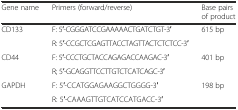
<table><thead><tr><td><b>Gene name</b></td><td><b>Primers (forward/reverse)</b></td><td><b>Base pairs of product</b></td></tr></thead><tbody><tr><td rowspan="2">CD133</td><td>F: 5′-CGGGATCCGAAAAACTGATCTGT-3′</td><td rowspan="2">615 bp</td></tr><tr><td>R: 5′-CCGCTCGAGTTACCTAGTTACTCTCTCC-3′</td></tr><tr><td rowspan="2">CD44</td><td>F: 5′-CCCTGCTACCAGAGACCAAGAC-3′</td><td rowspan="2">401 bp</td></tr><tr><td>R; 5′-GCAGGTTCCTTGTCTCATCAGC-3′</td></tr><tr><td rowspan="2">GAPDH</td><td>F: 5′-CCATGGAGAAGGCTGGGG-3′</td><td rowspan="2">198 bp</td></tr><tr><td>R: 5′-CAAAGTTGTCATCCATGACC-3′</td></tr></tbody></table>